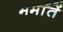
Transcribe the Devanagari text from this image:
मर्मांतें